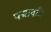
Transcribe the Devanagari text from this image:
पद्मावति